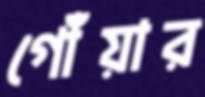
গোঁয়ার